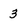
Character: 3